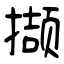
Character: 撷